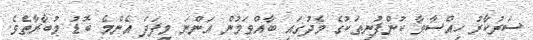
ސަރުކާރު ހިއްސާވާ ކުންފުނިތަކުގެ މެދުގައި ބާއްވަމުން އަންނަ މިފަދަ އެންމެ ބޮޑު މުބާރާތެވެ.